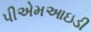
પીએમઆઇડી